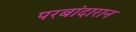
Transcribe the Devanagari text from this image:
परबांदारान